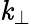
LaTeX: \mathit{k}_{\perp}